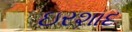
ઇરશાદ